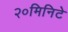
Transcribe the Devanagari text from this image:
२०मिनिटे